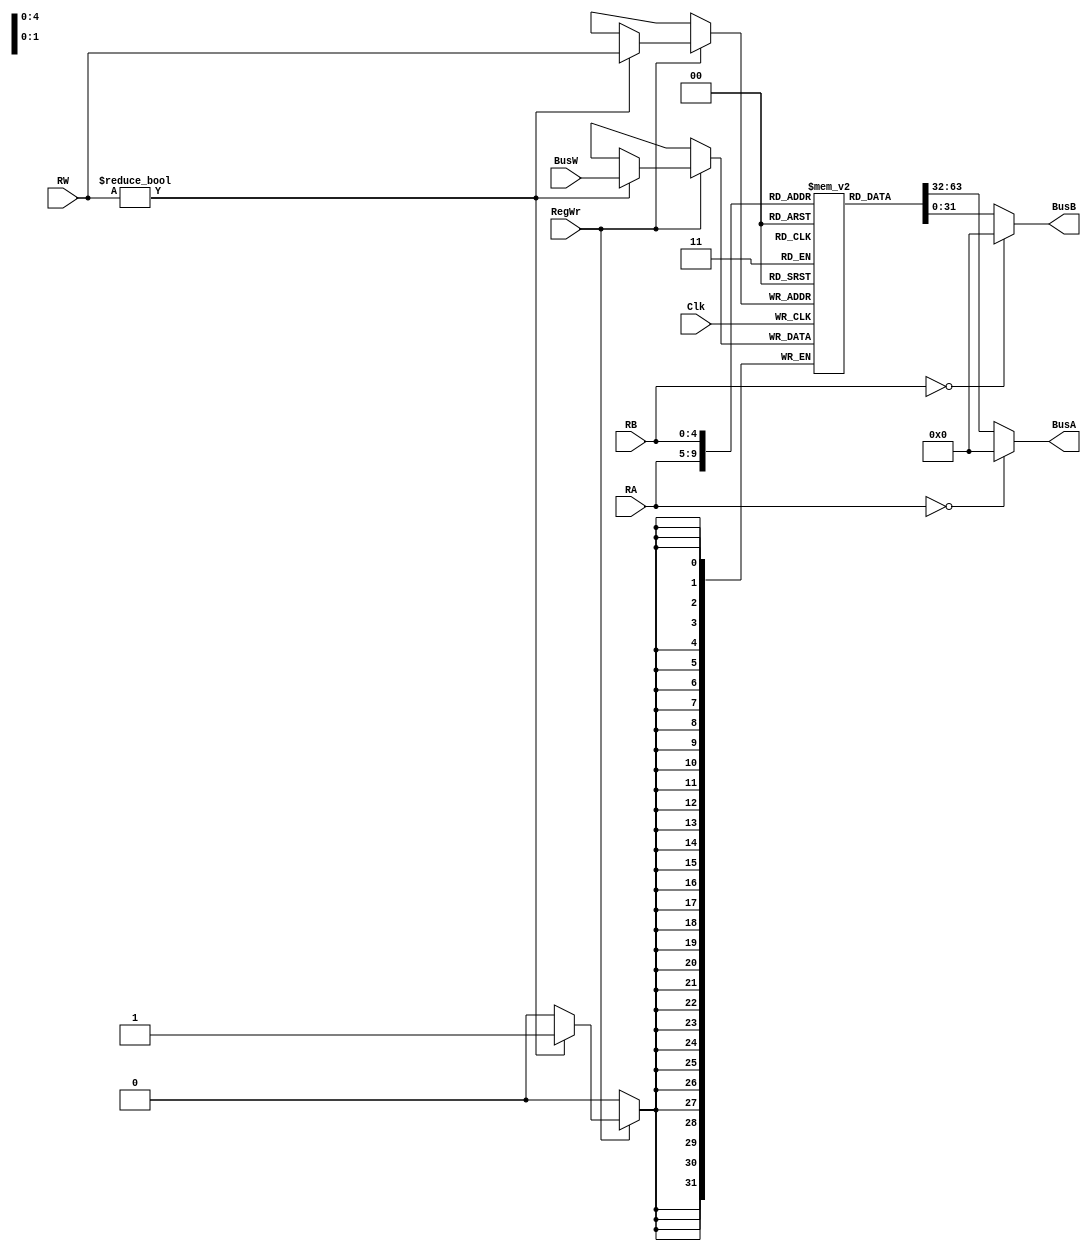
`timescale 1ns / 1ps

module RegisterFile(BusA, BusB, BusW, RA, RB, RW, RegWr, Clk);
  output [31:0] BusA;
  output [31:0] BusB;
  input  [31:0] BusW;
  input  [4:0] RA;
  input  [4:0] RB;
  input  [4:0] RW;
  input  RegWr;
  input  Clk;

  reg [31:0] registers [31:0];

// if the zero register is accessed, always return 0
// otherwise return the value stored in the register
  assign  #2 BusA = ( (RA==5'b0) ? 32'b0 : registers[RA] );
  assign  #2 BusB = ( (RB==5'b0) ? 32'b0 : registers[RB] );

// write on the negative edge of the clock
  always @ (negedge Clk) begin
      if(RegWr) begin
	if (RW != 0) // do not write to the 0 register
		 registers[RW] <= #3 BusW; 
      end
  end
endmodule